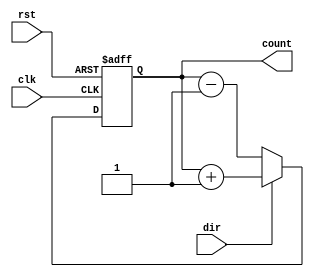
module johnson_counter(
    input wire clk,
    input wire rst,
    input wire dir,
    output reg [3:0] count
);

always @(posedge clk or posedge rst) begin
    if(rst) begin
        count <= 4'b0000;
    end else begin
        if(dir) begin
            count <= count + 1;
        end else begin
            count <= count - 1;
        end
    end
end

endmodule